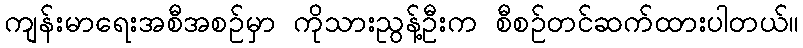
ကျန်းမာရေးအစီအစဉ်မှာ ကိုသားညွန့်ဦးက စီစဉ်တင်ဆက်ထားပါတယ်။